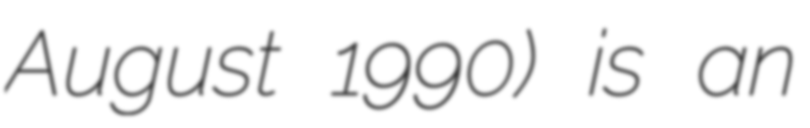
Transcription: August 1990) is an